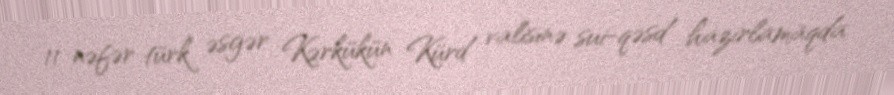
11 nəfər türk əsgər Kərkükün Kürd valisinə sui-qəsd hazırlamaqda